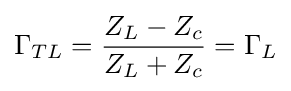
\Gamma _{TL}={Z_{L}-Z_{c} \over Z_{L}+Z_{c}}=\Gamma _{L}